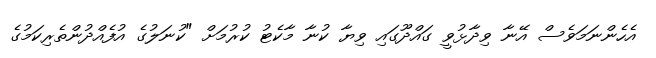
އެހެންނަމަވެސް އޭނާ ވިދާޅުވީ ގައްދޫގައި ވިޔާ ކުނާ މާކެޓު ކުރުމަށް "ކުނަލުގެ އުފެއްދުންތެރިކަމުގެ